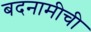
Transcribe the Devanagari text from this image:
बदनामीची